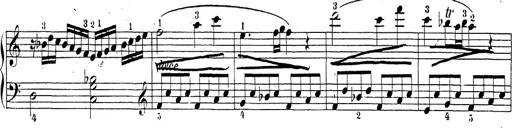
Title: Sonatina Album
Composer: Louis KÃ¶hler